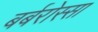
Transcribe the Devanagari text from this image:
बर्बरोस्सा